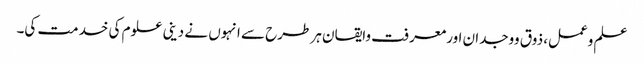
علم وعمل، ذوق ووجدان اورمعرفت وایقان ہر طرح سے انہوں نے دینی علوم کی خدمت کی۔